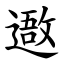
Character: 䢩